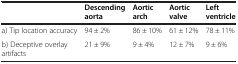
|  | Descending aorta | Aortic arch | Aortic valve | Left ventricle |
 | --- | --- | --- | --- | --- |
 | a) Tip location accuracy | 94 ± 2% | 86 ± 10% | 61 ± 12% | 78 ± 11% |
 | b) Deceptive overlay artifacts | 21 ± 9% | 9 ± 4% | 12 ± 7% | 9 ± 6% |